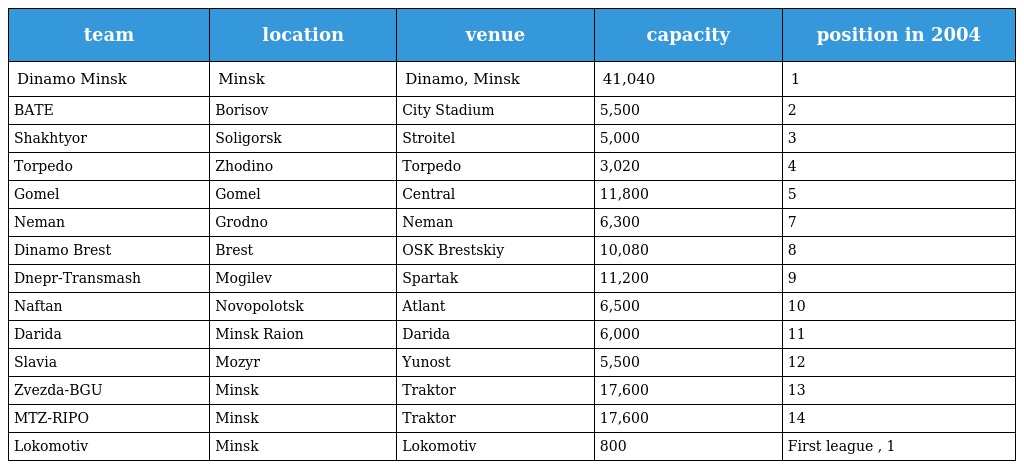
| team | location | venue | capacity | position in 2004 |
 | --- | --- | --- | --- | --- |
 | Dinamo Minsk | Minsk | Dinamo, Minsk | 41,040 | 1 |
 | BATE | Borisov | City Stadium | 5,500 | 2 |
 | Shakhtyor | Soligorsk | Stroitel | 5,000 | 3 |
 | Torpedo | Zhodino | Torpedo | 3,020 | 4 |
 | Gomel | Gomel | Central | 11,800 | 5 |
 | Neman | Grodno | Neman | 6,300 | 7 |
 | Dinamo Brest | Brest | OSK Brestskiy | 10,080 | 8 |
 | Dnepr-Transmash | Mogilev | Spartak | 11,200 | 9 |
 | Naftan | Novopolotsk | Atlant | 6,500 | 10 |
 | Darida | Minsk Raion | Darida | 6,000 | 11 |
 | Slavia | Mozyr | Yunost | 5,500 | 12 |
 | Zvezda-BGU | Minsk | Traktor | 17,600 | 13 |
 | MTZ-RIPO | Minsk | Traktor | 17,600 | 14 |
 | Lokomotiv | Minsk | Lokomotiv | 800 | First league , 1 |